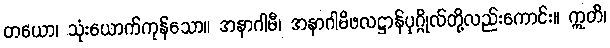
တယော၊ သုံးယောက်ကုန်သော။ အနာဂါမီ၊ အနာဂါမိဖလဋ္ဌာန်ပုဂ္ဂိုလ်တို့လည်းကောင်း။ ဣတိ၊